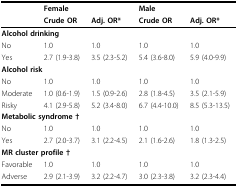
<table><thead><tr><td></td><td colspan="2"><b>Female</b></td><td colspan="2"><b>Male</b></td></tr><tr><td></td><td><b>Crude OR</b></td><td><b>Adj. OR*</b></td><td><b>Crude OR</b></td><td><b>Adj. OR*</b></td></tr></thead><tbody><tr><td colspan="5"><b>Alcohol drinking</b></td></tr><tr><td>No</td><td>1.0</td><td>1.0</td><td>1.0</td><td>1.0</td></tr><tr><td>Yes</td><td>2.7 (1.9-3.8)</td><td>3.5 (2.3-5.2)</td><td>5.4 (3.6-8.0)</td><td>5.9 (4.0-9.9)</td></tr><tr><td colspan="5"><b>Alcohol risk</b></td></tr><tr><td>No</td><td>1.0</td><td>1.0</td><td>1.0</td><td>1.0</td></tr><tr><td>Moderate</td><td>1.0 (0.6-1.9)</td><td>1.5 (0.9-2.6)</td><td>2.8 (1.8-4.5)</td><td>3.5 (2.1-5.9)</td></tr><tr><td>Risky</td><td>4.1 (2.9-5.8)</td><td>5.2 (3.4-8.0)</td><td>6.7 (4.4-10.0)</td><td>8.5 (5.3-13.5)</td></tr><tr><td colspan="5"><b>Metabolic syndrome †</b></td></tr><tr><td>No</td><td>1.0</td><td>1.0</td><td>1.0</td><td>1.0</td></tr><tr><td>Yes</td><td>2.7 (2.0-3.7)</td><td>3.1 (2.2-4.5)</td><td>2.1 (1.6-2.6)</td><td>1.8 (1.3-2.5)</td></tr><tr><td colspan="5"><b>MR cluster profile †</b></td></tr><tr><td>Favorable</td><td>1.0</td><td>1.0</td><td>1.0</td><td>1.0</td></tr><tr><td>Adverse</td><td>2.9 (2.1-3.9)</td><td>3.2 (2.2-4.7)</td><td>3.0 (2.3-3.8)</td><td>3.2 (2.3-4.4)</td></tr></tbody></table>